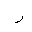
Letter: _ra